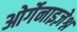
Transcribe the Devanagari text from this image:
ओर्गेनाइज़ेश्न